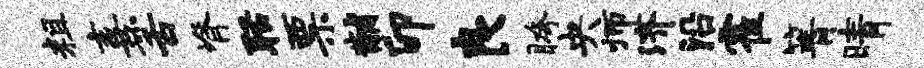
粗熹舌脊聒票黼卯良胯央师济沿霍箐晴